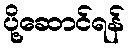
ပို့ဆောင်ရန်